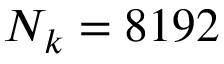
N _ { k } = 8 1 9 2